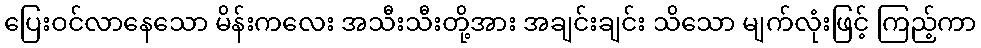
ပြေးဝင်လာနေသော မိန်းကလေး အသီးသီးတို့အား အချင်းချင်း သိသော မျက်လုံးဖြင့် ကြည့်ကာ